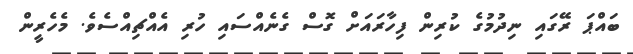
ބައްޕަ ރޭގައި ނިދުމުގެ ކުރިން ފިހާރައަށް ގޮސް ގެނެއްސައި ހުރި އެއްޗިއްސެވެ. މެހެރީން